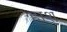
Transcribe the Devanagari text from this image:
हाश